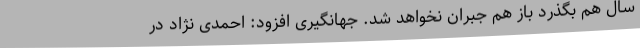
سال هم بگذرد باز هم جبران نخواهد شد. جهانگیری افزود: احمدی نژاد در